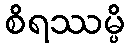
စိရဿမ္ပိ